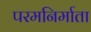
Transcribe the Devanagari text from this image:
परमनिर्माता